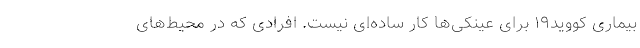
بیماری کووید۱۹ برای عینکی‌ها کار ساده‌ای نیست. افرادی که در محیط‌های